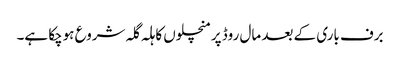
برف باری کے بعد مال روڈ پرمنچلوں کا ہلہ گلہ شروع ہوچکا ہے۔